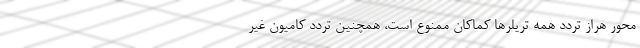
محور هراز تردد همه تریلرها کماکان ممنوع است، همچنین تردد کامیون غیر